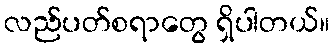
လည်ပတ်စရာတွေ ရှိပါတယ်။